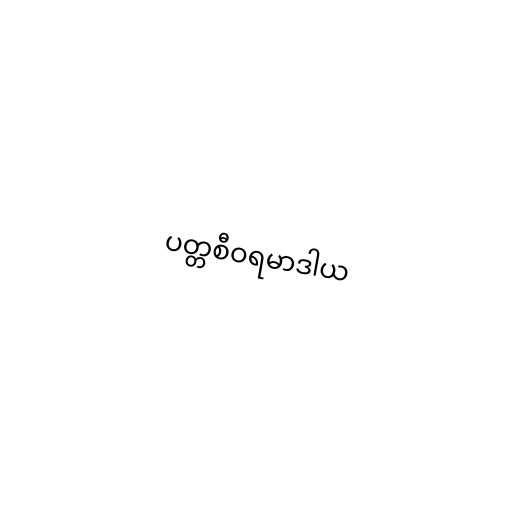
ပတ္တစီဝရမာဒါယ